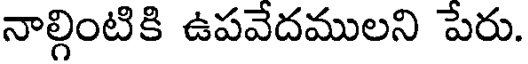
నాల్గింటికి ఉపవేదములని పేరు.